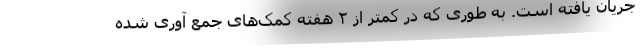
جریان یافته است. به طوری که در کمتر از ۲ هفته کمک‌های جمع آوری شده